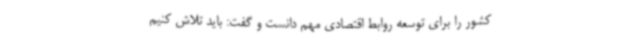
کشور را برای توسعه روابط اقتصادی مهم دانست و گفت: باید تلاش کنیم